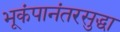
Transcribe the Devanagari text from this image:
भूकंपानंतरसुद्धा